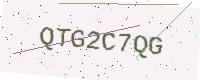
Text: QTG2C7QG